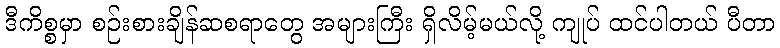
ဒီကိစ္စမှာ စဉ်းစားချိန်ဆစရာတွေ အများကြီး ရှိလိမ့်မယ်လို့ ကျုပ် ထင်ပါတယ် ပီတာ